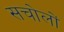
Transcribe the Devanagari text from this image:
सचोलों